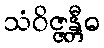
သံဝိဇ္ဇန္တီဓ